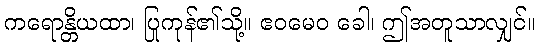
ကရောန္တိယထာ၊ ပြုကုန်၏သို့။ ဧဝမေဝ ခေါ၊ ဤအတူသာလျှင်။